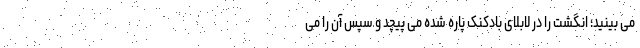
می بینید؛ انگشت را در لابلای بادکنک پاره شده می پیچد و سپس آن را می